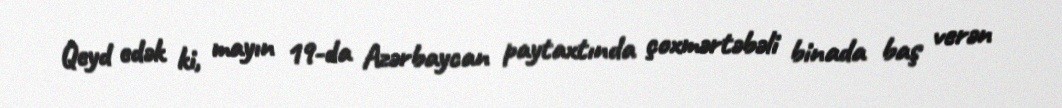
Qeyd edək ki, mayın 19-da Azərbaycan paytaxtında çoxmərtəbəli binada baş verən